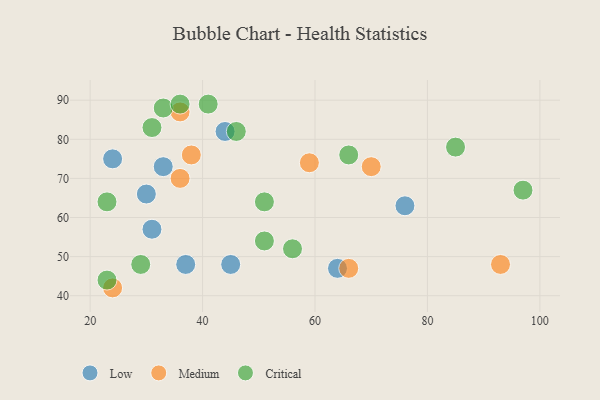
{"axis": {"x": "GDP", "y": "Life Expectancy"}, "legend": ["Critical", "Low", "Medium"], "data": [{"x": "33", "y": 73, "type": "Low"}, {"x": "45", "y": 48, "type": "Low"}, {"x": "44", "y": 82, "type": "Low"}, {"x": "31", "y": 57, "type": "Low"}, {"x": "64", "y": 47, "type": "Low"}, {"x": "24", "y": 75, "type": "Low"}, {"x": "30", "y": 66, "type": "Low"}, {"x": "76", "y": 63, "type": "Low"}, {"x": "37", "y": 48, "type": "Low"}, {"x": "38", "y": 76, "type": "Medium"}, {"x": "36", "y": 70, "type": "Medium"}, {"x": "36", "y": 87, "type": "Medium"}, {"x": "59", "y": 74, "type": "Medium"}, {"x": "66", "y": 47, "type": "Medium"}, {"x": "70", "y": 73, "type": "Medium"}, {"x": "24", "y": 42, "type": "Medium"}, {"x": "93", "y": 48, "type": "Medium"}, {"x": "97", "y": 67, "type": "Critical"}, {"x": "66", "y": 76, "type": "Critical"}, {"x": "23", "y": 44, "type": "Critical"}, {"x": "51", "y": 54, "type": "Critical"}, {"x": "29", "y": 48, "type": "Critical"}, {"x": "23", "y": 64, "type": "Critical"}, {"x": "85", "y": 78, "type": "Critical"}, {"x": "41", "y": 89, "type": "Critical"}, {"x": "31", "y": 83, "type": "Critical"}, {"x": "33", "y": 88, "type": "Critical"}, {"x": "46", "y": 82, "type": "Critical"}, {"x": "56", "y": 52, "type": "Critical"}, {"x": "51", "y": 64, "type": "Critical"}, {"x": "36", "y": 89, "type": "Critical"}]}